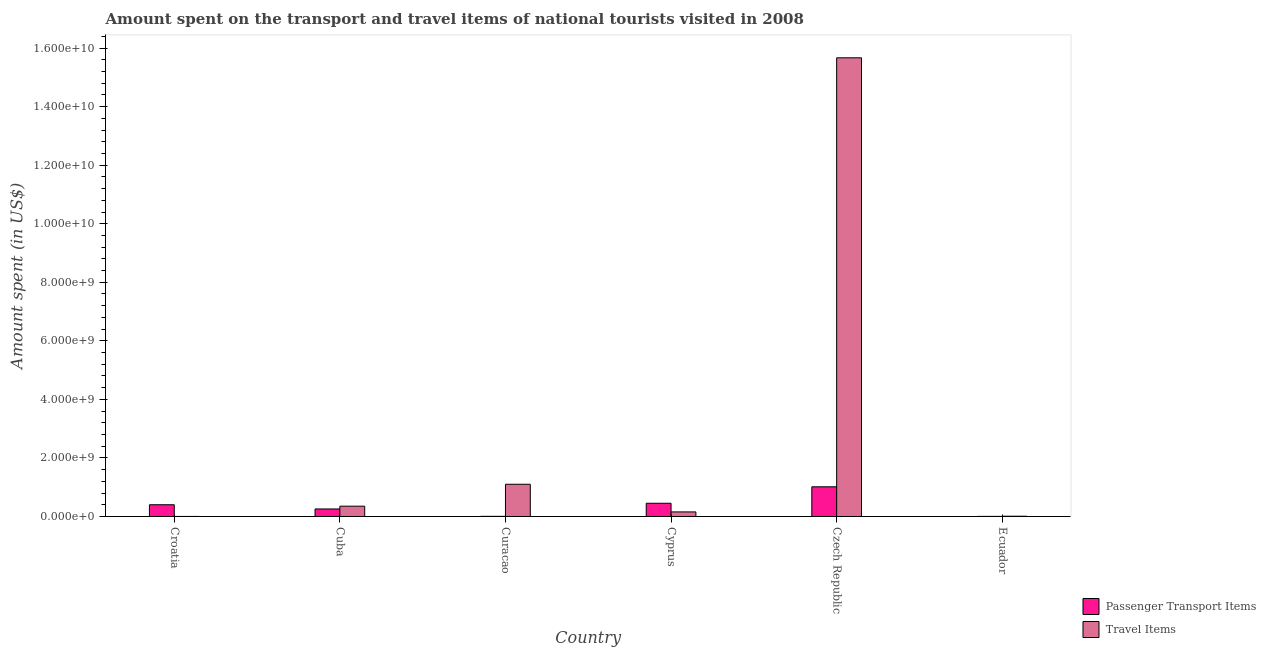
| Country | Passenger Transport Items | Travel Items |
 | --- | --- | --- |
 | Croatia | 4.01e+08 | 1.3e+06 |
 | Cuba | 2.57e+08 | 3.52e+08 |
 | Curacao | 5e+06 | 1.1e+09 |
 | Cyprus | 4.52e+08 | 1.56e+08 |
 | Czech Republic | 1.01e+09 | 1.57e+10 |
 | Ecuador | 3e+06 | 9e+06 |